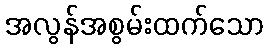
အလွန်အစွမ်းထက်သော